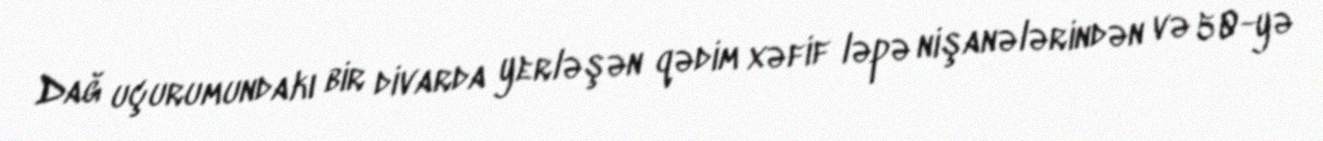
Dağ uçurumundakı bir divarda yerləşən qədim xəfif ləpə nişanələrindən və 50-yə